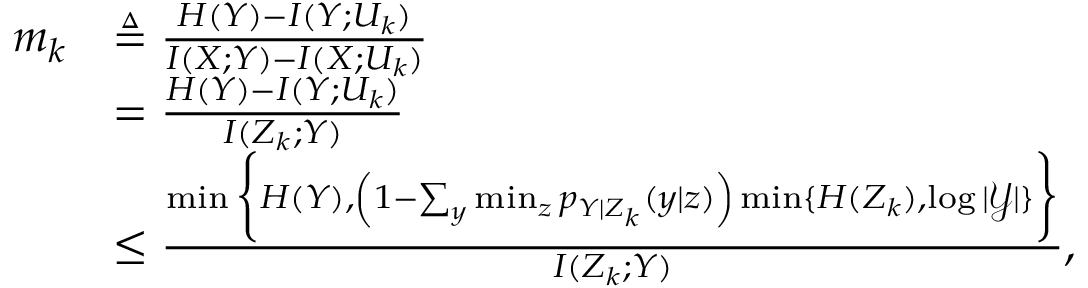
\begin{array} { r l } { m _ { k } } & { \triangleq \frac { H ( Y ) - I ( Y ; U _ { k } ) } { I ( X ; Y ) - I ( X ; U _ { k } ) } } \\ & { = \frac { H ( Y ) - I ( Y ; U _ { k } ) } { I ( Z _ { k } ; Y ) } } \\ & { \leq \frac { \operatorname* { m i n } \bigg \{ H ( Y ) , \left( 1 - \sum _ { y } \operatorname* { m i n } _ { z } p _ { Y | Z _ { k } } ( y | z ) \right) \operatorname* { m i n } \{ H ( Z _ { k } ) , \log | \mathcal { Y } | \} \bigg \} } { I ( Z _ { k } ; Y ) } , } \end{array}